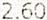
2.60